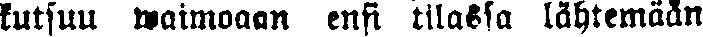
kutsuu waimoaan ensi tilassa lähtemään